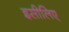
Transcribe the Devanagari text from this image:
इसीलिए